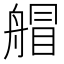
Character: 艒